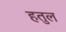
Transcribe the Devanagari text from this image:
हतुल